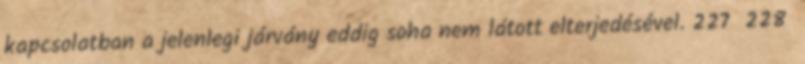
kapcsolatban a jelenlegi járvány eddig soha nem látott elterjedésével. 227 228